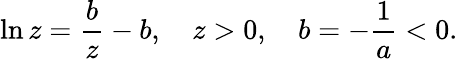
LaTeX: \ln z=\frac{b}{z}-b,\quad z>0,\quad b=-\frac{1}{a}<0.